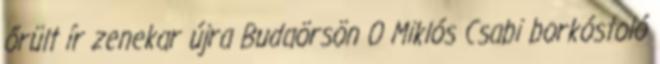
őrült ír zenekar újra Budaörsön 0 Miklós Csabi borkóstoló